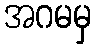
အဂမမှ